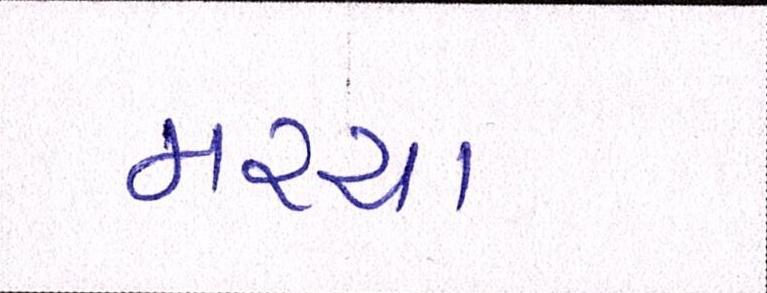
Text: મરચા